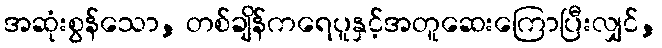
အဆုံးစွန်သော, တစ်ချိန်ကရေပူနှင့်အတူဆေးကြောပြီးလျှင်,